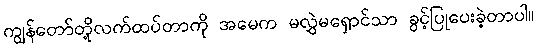
ကျွန်တော်တို့လက်ထပ်တာကို အမေက မလွှဲမရှောင်သာ ခွင့်ပြုပေးခဲ့တာပါ။